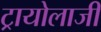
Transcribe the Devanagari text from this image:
ट्रायोलाजी